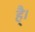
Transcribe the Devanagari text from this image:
है्।